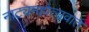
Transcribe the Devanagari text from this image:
नाट्यमहोत्सवात